Annual administration report of the Civil Veterinary Department of India - 1900-1901
Year: 1900
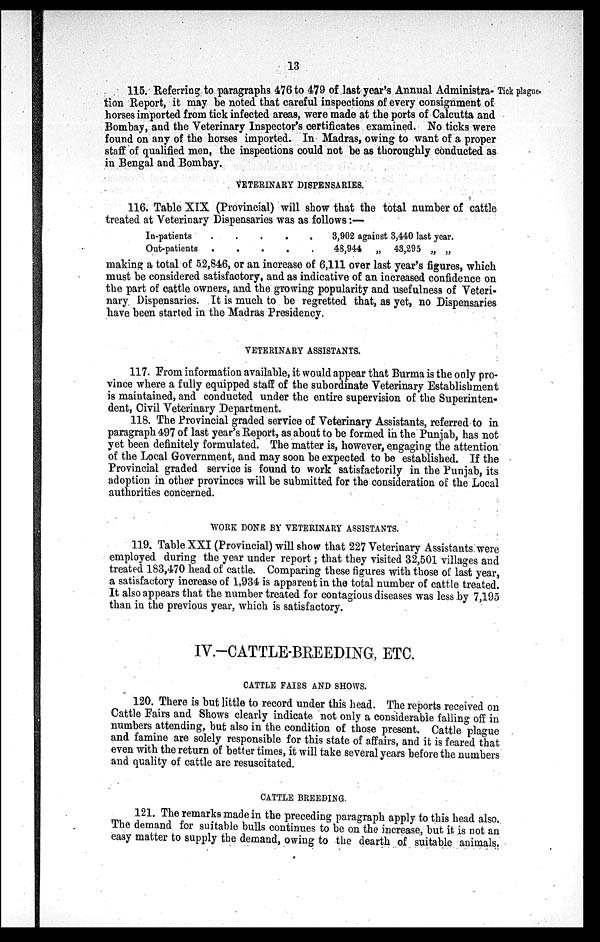
13
Tick plague.
115. Referring to paragraphs 476 to 479 of last year's Annual Administra-
tion Report, it may be noted that careful inspections of every consignment of
horses imported from tick infected areas, were made at the ports of Calcutta and
Bombay, and the Veterinary Inspector's certificates examined. No ticks were
found on any of the horses imported. In Madras, owing to want of a proper
staff of qualified men, the inspections could not be as thoroughly conducted as
in Bengal and Bombay.
VETERINARY DISPENSARIES.
116. Table XIX (Provincial) will show that the total number of cattle
treated at Veterinary Dispensaries was as follows:—
In-patients
.
.
.
.
.
3,902 against 3,440 last year.
Out-patients
.
.
.
.
.
48,944
„
43,295 „ „
making a total of 52,846, or an increase of 6,111 over last year's figures, which
must be considered satisfactory, and as indicative of an increased confidence on
the part of cattle owners, and the growing popularity and usefulness of Veteri-
nary Dispensaries. It is much to be regretted that, as yet, no Dispensaries
have been started in the Madras Presidency.
VETERINARY ASSISTANTS.
117. From information available, it would appear that Burma is the only pro-
vince where a fully equipped staff of the subordinate Veterinary Establishment
is maintained, and conducted under the entire supervision of the Superinten-
dent, Civil Veterinary Department.
118. The Provincial graded service of Veterinary Assistants, referred to in
paragraph 497 of last year's Report, as about to be formed in the Punjab, has not
yet been definitely formulated. The matter is, however, engaging the attention
of the Local Government, and may soon be expected to be established. If the
Provincial graded service is found to work satisfactorily in the Punjab, its
adoption in other provinces will be submitted for the consideration of the Local
authorities concerned.
WORK DONE BY VETERINARY ASSISTANTS.
119. Table XXI (Provincial) will show that 227 Veterinary Assistants were
employed during the year under report; that they visited 32,501 villages and
treated 183,470 head of cattle. Comparing these figures with those of last year,
a satisfactory increase of 1,934 is apparent in the total number of cattle treated.
It also appears that the number treated for contagious diseases was less by 7,195
than in the previous year, which is satisfactory.
IV.-CATTLE-BREEDING, ETC.
CATTLE FAIRS AND SHOWS.
120. There is but little to record under this head. The reports received on
Cattle Fairs and Shows clearly indicate not only a considerable falling off in
numbers attending, but also in the condition of those present. Cattle plague
and famine are solely responsible for this state of affairs, and it is feared that
even with the return of better times, it will take several years before the numbers
and quality of cattle are resuscitated.
CATTLE BREEDING.
121. The remarks made in the preceding paragraph apply to this head also.
The demand for suitable bulls continues to be on the increase, but it is not an
easy matter to supply the demand, owing to the dearth of suitable animals.